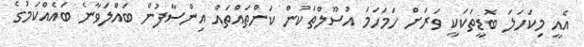
އެއީ މިކަހަލަ ބޮޑީތަކަކީ ވަރަށް ހަމަހަމަ އުސޫލްތަކުން ކަންތައްތަައް އިންސާފުން ބައްލަވާނެ ބައެއްކަމުގެ